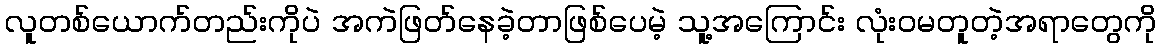
လူတစ်ယောက်တည်းကိုပဲ အကဲဖြတ်နေခဲ့တာဖြစ်ပေမဲ့ သူ့အကြောင်း လုံးဝမတူတဲ့အရာတွေကို